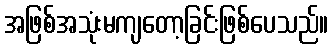
အဖြစ်အသုံးမကျတော့ခြင်းဖြစ်ပေသည်။